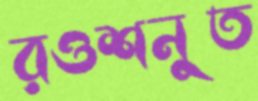
রওশনুত